Black-water fever - Number 35
Disease focus: Fever
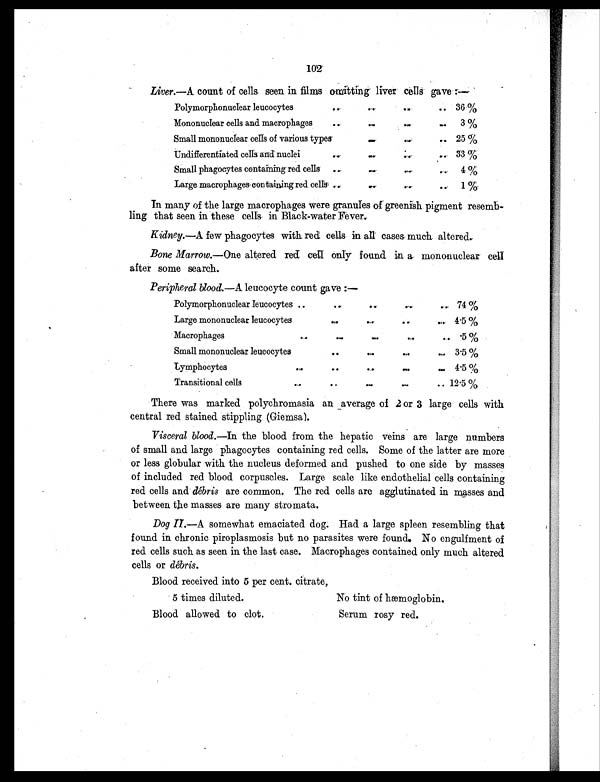
102
Liver.—A count of cells. seen in films omitting liver cells gave:—
Polymorphonuclear leucocytes
..
. .
. . .. 36 %
Mononuclear cells and macrophages
..
..
. .
..
3 %
Small mononuclear cells of various types
. .
. . . . 25 %
Undifferentiated cells and nuclei
..
. .
. .
..
33 %
Small phagocytes containing red cells
..
. .
. . .. 4 %
Large macrophages, containing red cells ..
..-
..
. . 1 %
In many of the large macrophages were granules of greenish pigment resemb-
ling that seen in these cells in Black-water Fever.
Kidney. —A few phagocytes with red cells in all cases much. altered.
Bone Marrow.—One altered red. cell only found in a mononuclear cell
after some search.
Peripheral blood. —A leucocyte count gave :—
Polymorphonuclear leucocytes ..
..
. .
. .
. . 74 %
Large mononuclear leucocytes
..
..
. .
. . 4.5 %
Macrophages
..
. .
. .
. .
. . .5 %
Small mononuclear leucocytes
. .
. .
. .
. . 3.5 %
Lymphocytes
..
. .
. .
. .
. . 4.5 %
Transitional cells
. .
. .
. .
. . 12.5 %
There was marked polychromasia an average of 2 or 3 large cells with
central red stained stippling (Giemsa).
Visceral blood. —In the blood from the hepatic veins are large numbers
of small and large phagocytes containing red cells. Some of the latter are more
or less globular with the nucleus deformed and pushed to one side by masses
of included red blood corpuscles. Large scale like endothelial cells containing
red cells and débris are common. The red cells are agglutinated in masses and
between the masses are many stromata.
Dog II .—A somewhat emaciated dog. Had a large spleen resembling that
found in chronic piroplasmosis but no parasites were found. No engulfment of
red cells such as seen in the last case. Macrophages contained only much altered
cells or débris.
Blood received into 5 per cent. citrate,
5 times diluted.
Blood allowed to clot,
No tint of hæmoglobin.
Serum rosy red.